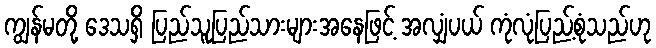
ကျွန်မတို့ ဒေသရှိ ပြည်သူပြည်သားများအနေဖြင့် အလျှံပယ် ကုံလုံပြည့်စုံသည်ဟု